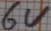
Text: 6V